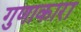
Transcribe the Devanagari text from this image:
गुणाकारा